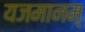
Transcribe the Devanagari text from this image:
यजमानम्‌